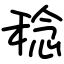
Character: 稔